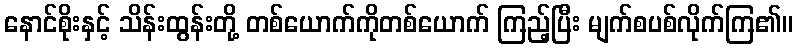
နောင်စိုးနှင့် သိန်းထွန်းတို့ တစ်ယောက်ကိုတစ်ယောက် ကြည့်ပြီး မျက်စပစ်လိုက်ကြ၏။